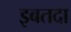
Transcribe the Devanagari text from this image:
इबतदा